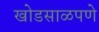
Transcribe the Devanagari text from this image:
खोडसाळपणे